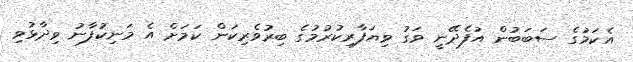
އެކަމުގެ ސަބަބުން އުފެދޭނީ ވަގު ވިޔަފާރިކުރުމުގެ ބިރުވެރިކަން ކަމަށް އެ މަނިކުފާނު ވިދާޅުވި